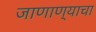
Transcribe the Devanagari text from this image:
जाणाण्याचा